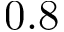
0 . 8